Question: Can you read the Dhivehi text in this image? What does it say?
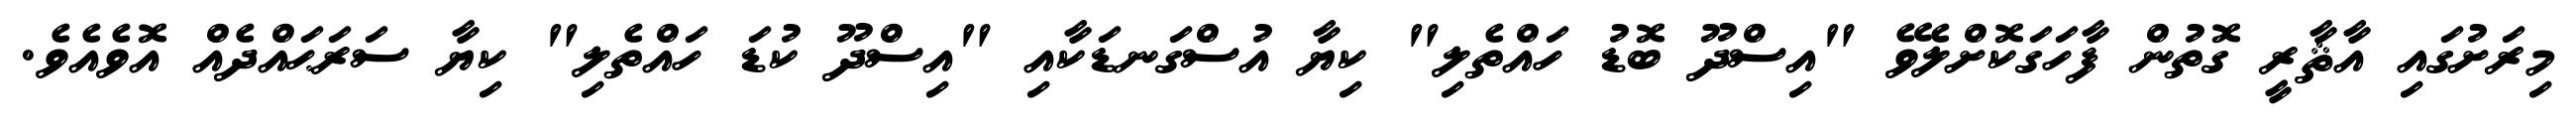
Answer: މިރަށުގައި އާޘާރީ ގޮތުން ފާހަގަކޮށްލެވޭ "އިސްދޫ ބޮޑު ހައްތެލި" ކިޔާ އުސްގަނޑަކާއި "އިސްދޫ ކުޑަ ހައްތެލި" ކިޔާ ސަރަޙައްދެއް އޮވެއެވެ.